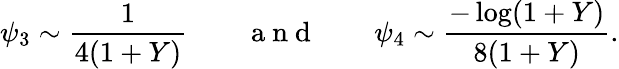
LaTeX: \psi_{3}\sim\frac{1}{4(1+Y)}\qquad\mathrm{~a~n~d~}\qquad\psi_{4}\sim\frac{-\log(1+Y)}{8(1+Y)}.